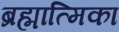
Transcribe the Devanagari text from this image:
ब्रह्मात्मिका